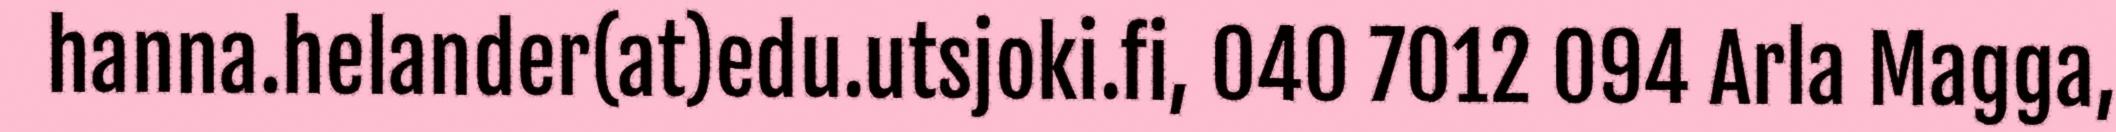
hanna.helander(at)edu.utsjoki.fi, 040 7012 094 Arla Magga,